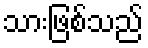
သားဖြစ်သည်